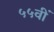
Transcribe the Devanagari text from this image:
५५वीं